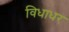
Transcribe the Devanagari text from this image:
विधाधर